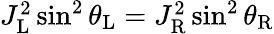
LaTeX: \begin{array}{r}{J_{\mathrm{L}}^{2}\sin^{2}{\theta_{\mathrm{L}}}=J_{\mathrm{R}}^{2}\sin^{2}{\theta_{\mathrm{R}}}}\end{array}